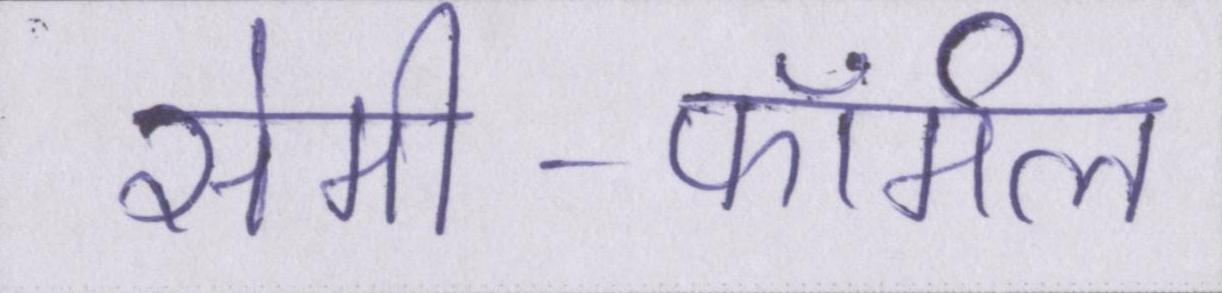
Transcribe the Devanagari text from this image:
सेमी-फॉर्मल